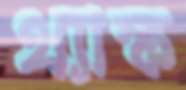
থ্যাঙ্ক